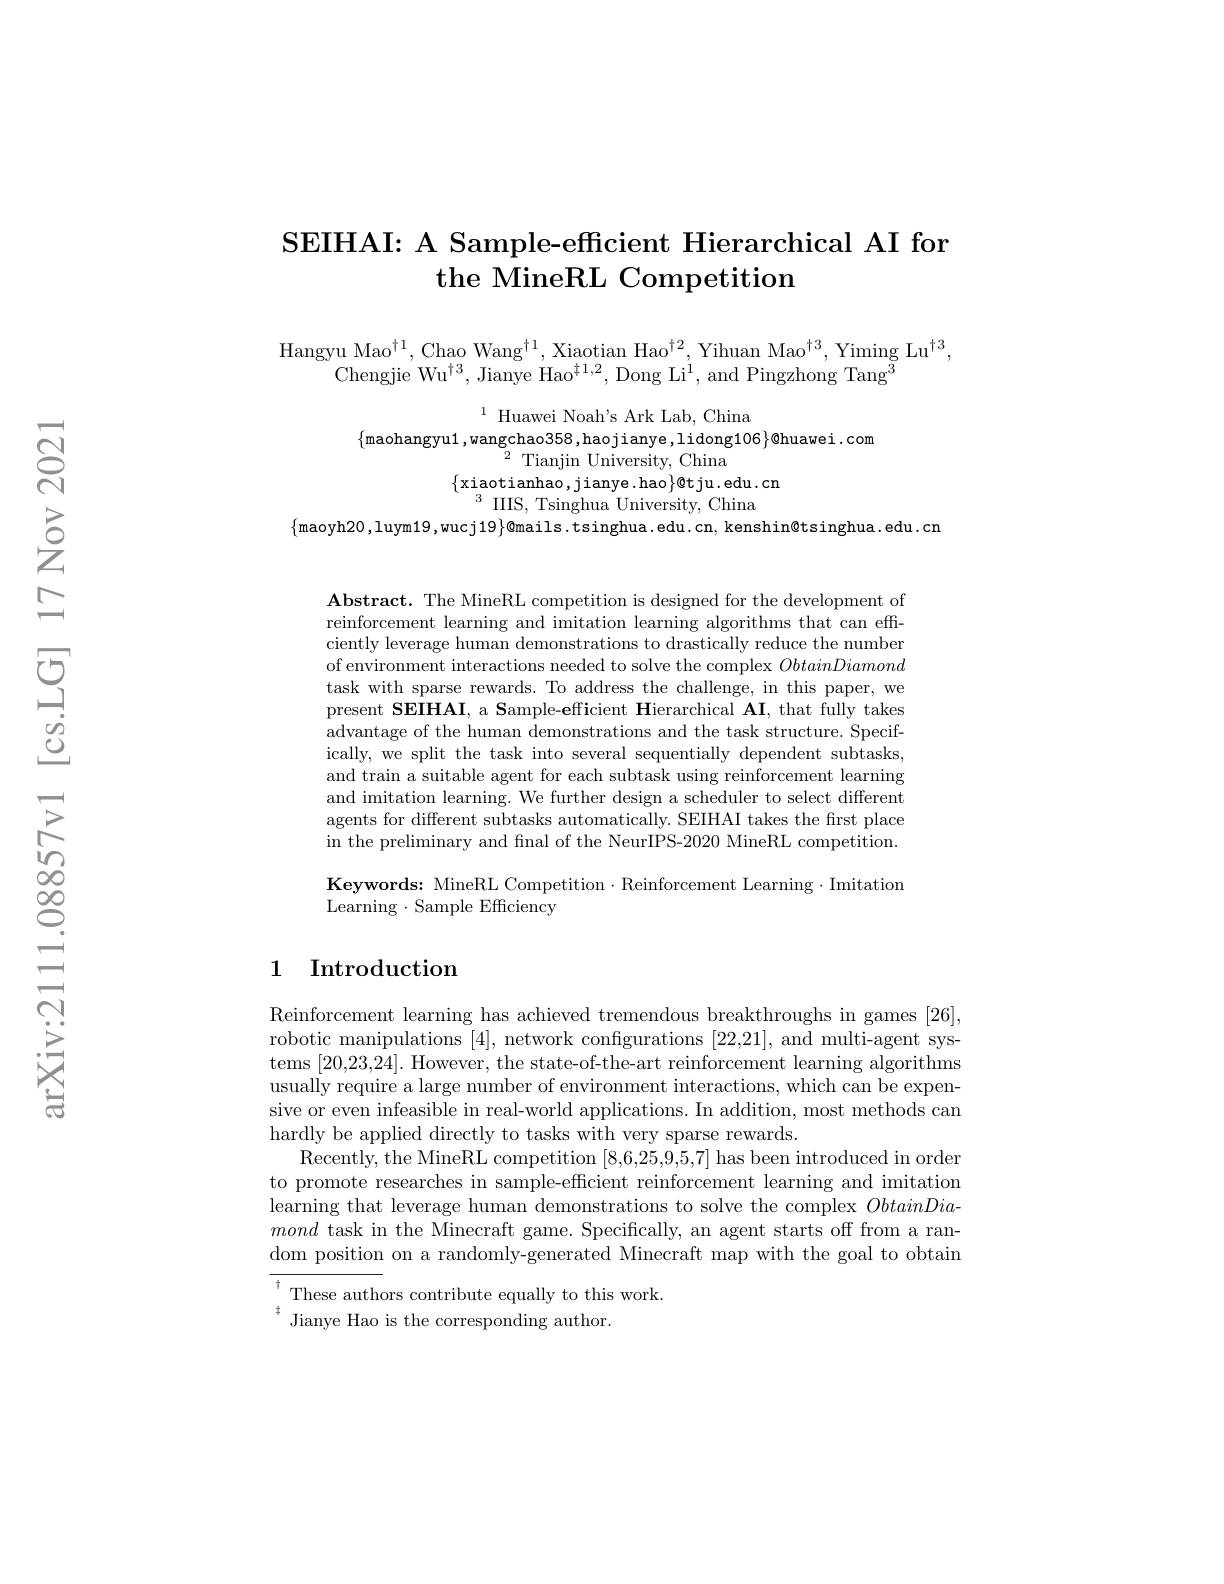
## SEIHAI: A Sample-efficient Hierarchical AI for the MineRL Competition

Hangyu Mao$^\dagger1$, Chao Wang$^\dagger1,\text{XiaotianHao}^{\dagger2}$,Yihuan Mao$^\dagger3$,Yiming Lu$^\dagger3$,
Chengjie Wu$^{\dagger3}$, Jianye Hao$^{\dagger1,2}$, Dong Li$^1$, and Pingzhong Tang$^{\textcircled{3}}$

$^{1}$ Huawei Noah's Ark Lab, China
$\{$maohangyu1,wangchao358,haojianye,lidong106$\}\emptyset$huawei.com
$^{2}{\mathrm{~Tianjin~University,~China}}$
$\{$xiaotianhao,jianye.hao$\}$@tju.edu.cn
$^3{\mathrm{~IIIS,~Tsinghua~University,~China}}$

$\{$maoyh20,luym19,wucj19$\}$@mails.tsinghua.edu.cn,kenshin@tsinghua.edu.cn

$\mathbf{Abstract.~The~MineRL~competition~is~designed~for~the~development~of}$ reinforcement learning and imitation learning algorithms that can effciently leverage human demonstrations to drastically reduce the numben of environment interactions needed to solve the complex ObtainDiamond task with sparse rewards. To address the challenge, in this paper, we present SEIHAI, a Sample-efficient Hierarchical AI, that fully takes advantage of the human demonstrations and the task structure. Specifically, we split the task into several sequentially dependent subtasks and train a suitable agent for each subtask using reinforcement learning and imitation learning. We further design a scheduler to select different agents for different subtasks automatically. SEIHAI takes the first place in the preliminary and fnal of the NeurIPS-2020 MineRL competition.

Keywords: MineRL Competition· Reinforcement Learning $\cdot$Imitation
Learning $\cdot$ Sample Efficiency

## 1 Introduction

Reinforcement learning has achieved tremendous breakthroughs in games [26], robotic manipulations [4], network configurations [22,21], and multi-agent systems [20,23,24]. However, the state-of-the-art reinforcement learning algorithms usually require a large number of environment interactions, which can be expensive or even infeasible in real-world applications. In addition, most methods can hardly be applied directly to tasks with very sparse rewards.
Recently, the MineRL competition [8,6,25,9,5,7] has been introduced in order to promote researches in sample-efficient reinforcement learning and imitation learning that leverage human demonstrations to solve the complex ObtainDiamond task in the Minecraft game. Specifically, an agent starts off from a random position on a randomly-generated Minecraft map with the goal to obtain $^{\dagger}$These authors contribute equally to this work.
$^{\ddagger}$ Jianye Hao is the corresponding author.